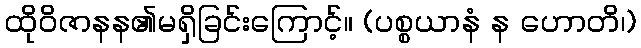
ထိုဝိဇာနန၏မရှိခြင်းကြောင့်။ (ပစ္စယာနံ န ဟောတိ၊)